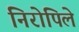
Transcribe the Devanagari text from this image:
निरोपिले